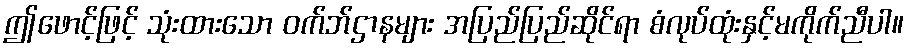
ဤဖောင့်ဖြင့် သုံးထားသော ဝက်ဘ်ဌာနများ အပြည်ပြည်ဆိုင်ရာ စံလုပ်ထုံးနှင့်မကိုက်ညီပါ။